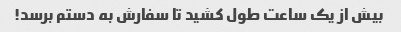
بیش از یک ساعت طول کشید تا سفارش به دستم برسد!